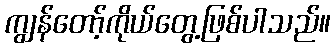
ကျွန်တော့်ကိုယ်တွေ့ဖြစ်ပါသည်။